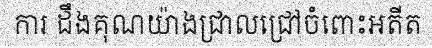
ការ ដឹងគុណយ៉ាងជ្រាលជ្រៅចំពោះអតីត